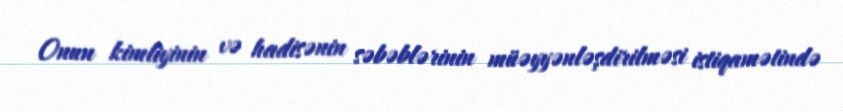
Onun kimliyinin və hadisənin səbəblərinin müəyyənləşdirilməsi istiqamətində